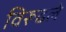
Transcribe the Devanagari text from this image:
विरूढले